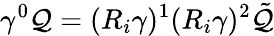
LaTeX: \gamma^{0}\mathcal{Q}=(R_{i}\gamma)^{1}(R_{i}\gamma)^{2}\tilde{{\mathcal{Q}}}